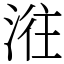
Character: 𣶂